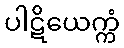
ပါဋိယေက္ကံ